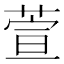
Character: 萱